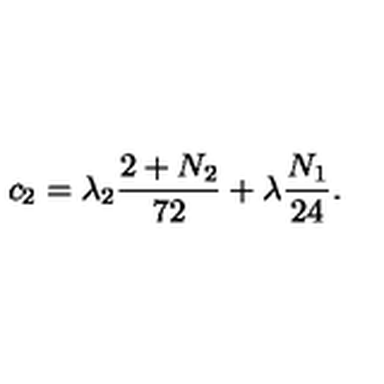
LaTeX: c _ { 2 } = \lambda _ { 2 } \frac { 2 + N _ { 2 } } { 7 2 } + \lambda \frac { N _ { 1 } } { 2 4 } .